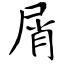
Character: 屑